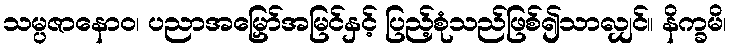
သမ္ပဇာနောဝ၊ ပညာအမြှော်အမြင်နှင့် ပြည့်စုံသည်ဖြစ်၍သာလျှင်။ နိက္ခမိ၊